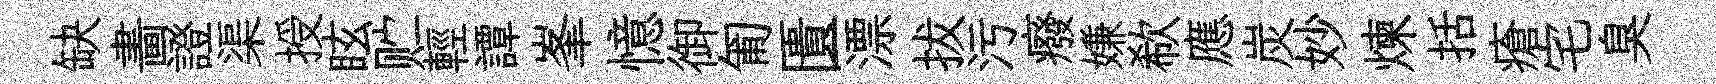
缺畵證渠授眩贮輕譚峯憶御匍匱漂拔污癈嫌欷應炭妙煉括瘡宅臭